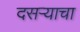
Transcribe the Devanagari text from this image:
दसऱ्याचा